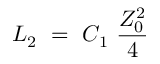
L _ { 2 } ~ = ~ C _ { 1 } ~ { \frac { Z _ { 0 } ^ { 2 } } { 4 } }